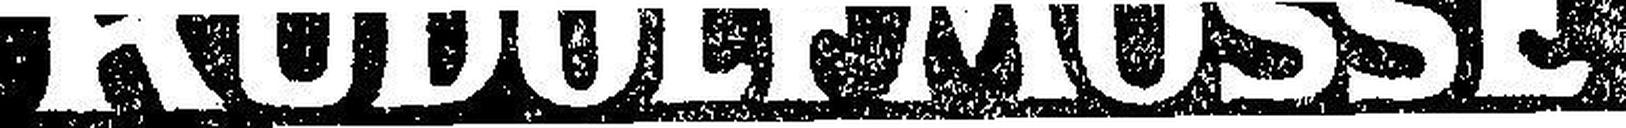
RUDOLF MOSSE